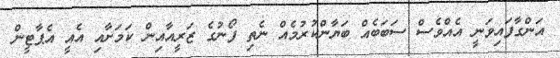
އަންގާފައިވަނީ އެއްވެސް ސަބަބެއް ބަޔާންކުރުމެއް ނެތި ފޯނުގެ ޒަރީއާއިން ކަމަށާއި އެއީ އެޕާޓީން